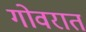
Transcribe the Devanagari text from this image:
गोवरात